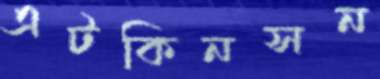
এটকিনসন